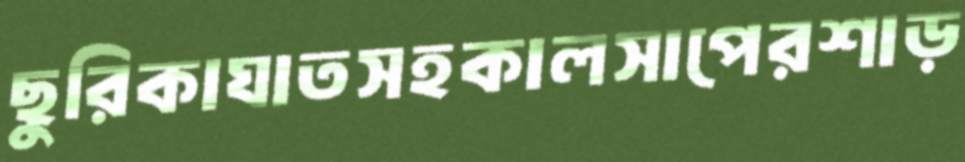
ছুরিকাঘাতসহকালসাপেরশাড়